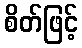
စိတ်ဖြင့်